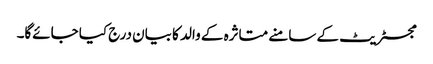
مجسٹریٹ کے سامنے متاثرہ کے والد کا بیان درج کیا جائے‌گا۔